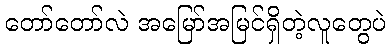
တော်တော်လဲ အမြော်အမြင်ရှိတဲ့လူတွေပဲ